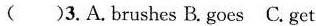
( )3.A.Brushes B.Goes C.Get